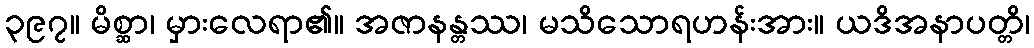
၃၉၇။ မိစ္ဆာ၊ မှားလေရာ၏။ အဇာနန္တဿ၊ မသိသောရဟန်းအား။ ယဒိအနာပတ္တိ၊